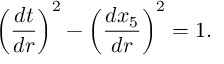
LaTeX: \left( \frac { d t } { d r } \right) ^ { 2 } - \left( \frac { d x _ { 5 } } { d r } \right) ^ { 2 } = 1 .